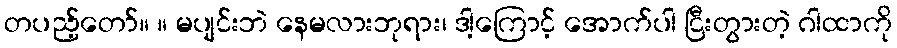
တပည့်တော်။ ။ မပျင်းဘဲ နေမလားဘုရား၊ ဒါ့ကြောင့် အောက်ပါ ငြီးတွားတဲ့ ဂါထာကို